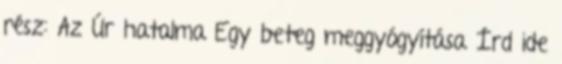
rész: Az Úr hatalma Egy beteg meggyógyítása Írd ide